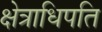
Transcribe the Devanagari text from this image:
क्षेत्राधिपति